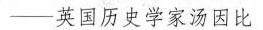
—英国历史学家汤因比